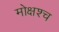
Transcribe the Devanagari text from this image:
मोक्षश्च